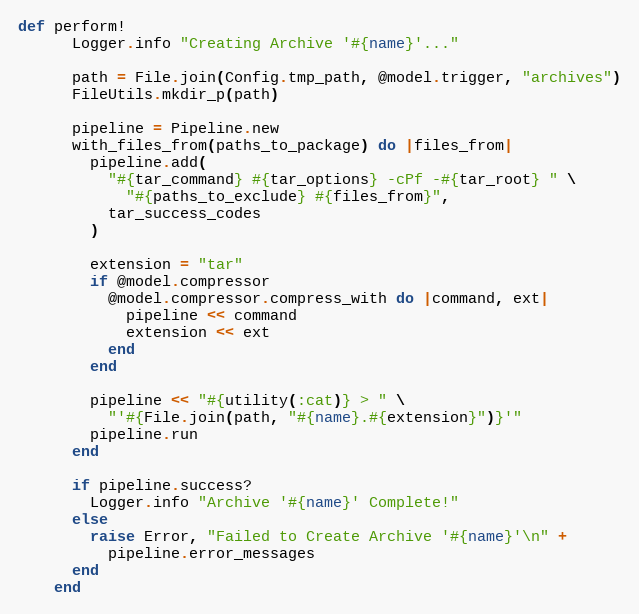
Language: Ruby
def perform!
      Logger.info "Creating Archive '#{name}'..."

      path = File.join(Config.tmp_path, @model.trigger, "archives")
      FileUtils.mkdir_p(path)

      pipeline = Pipeline.new
      with_files_from(paths_to_package) do |files_from|
        pipeline.add(
          "#{tar_command} #{tar_options} -cPf -#{tar_root} " \
            "#{paths_to_exclude} #{files_from}",
          tar_success_codes
        )

        extension = "tar"
        if @model.compressor
          @model.compressor.compress_with do |command, ext|
            pipeline << command
            extension << ext
          end
        end

        pipeline << "#{utility(:cat)} > " \
          "'#{File.join(path, "#{name}.#{extension}")}'"
        pipeline.run
      end

      if pipeline.success?
        Logger.info "Archive '#{name}' Complete!"
      else
        raise Error, "Failed to Create Archive '#{name}'\n" +
          pipeline.error_messages
      end
    end